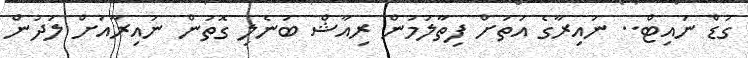
ގުޑް ނައިޓް.. ނައިރާގެ އަތަށް ފިތާލަމުން ރިއާޝް ބުނެލި ގޮތުން ނައިރާއަށް ލަދުން